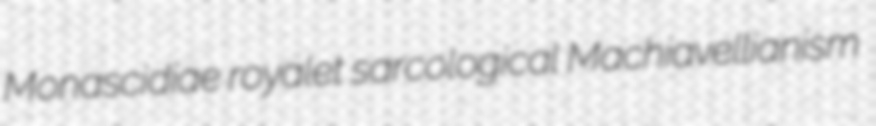
Monascidiae royalet sarcological Machiavellianism